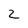
Character: 2